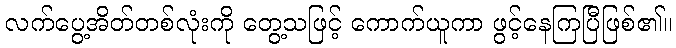
လက်ပွေ့အိတ်တစ်လုံးကို တွေ့သဖြင့် ကောက်ယူကာ ဖွင့်နေကြပြီဖြစ်၏။